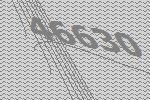
46630